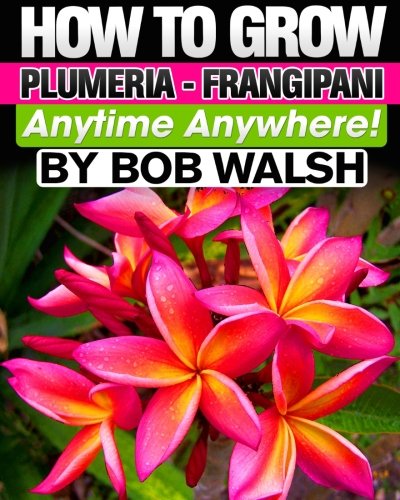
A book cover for How To Grow Plumeria - Frangipani Anytime Anywhere; Mr. Bob Walsh; Crafts, Hobbies & Home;